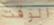
الوقت